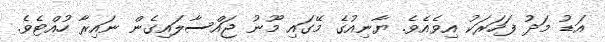
އަޑު މަދު ފަހަރަކު އިވެއެވެ. ޔާނިއުގެ މޭގައި މޫނު ޖައްސާލައިގެން ނައިރާ ހުއްޓެވެ.